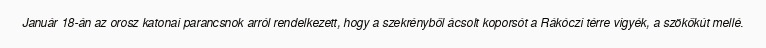
Január 18-án az orosz katonai parancsnok arról rendelkezett, hogy a szekrényből ácsolt koporsót a Rákóczi térre vigyék, a szökőkút mellé.